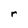
Character: r